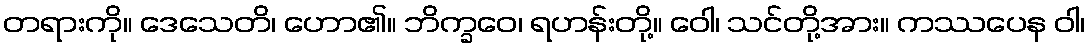
တရားကို။ ဒေသေတိ၊ ဟော၏။ ဘိက္ခဝေ၊ ရဟန်းတို့။ ဝေါ၊ သင်တို့အား။ ကဿပေန ဝါ၊